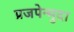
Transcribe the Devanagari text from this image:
प्रजपेन्मुदा